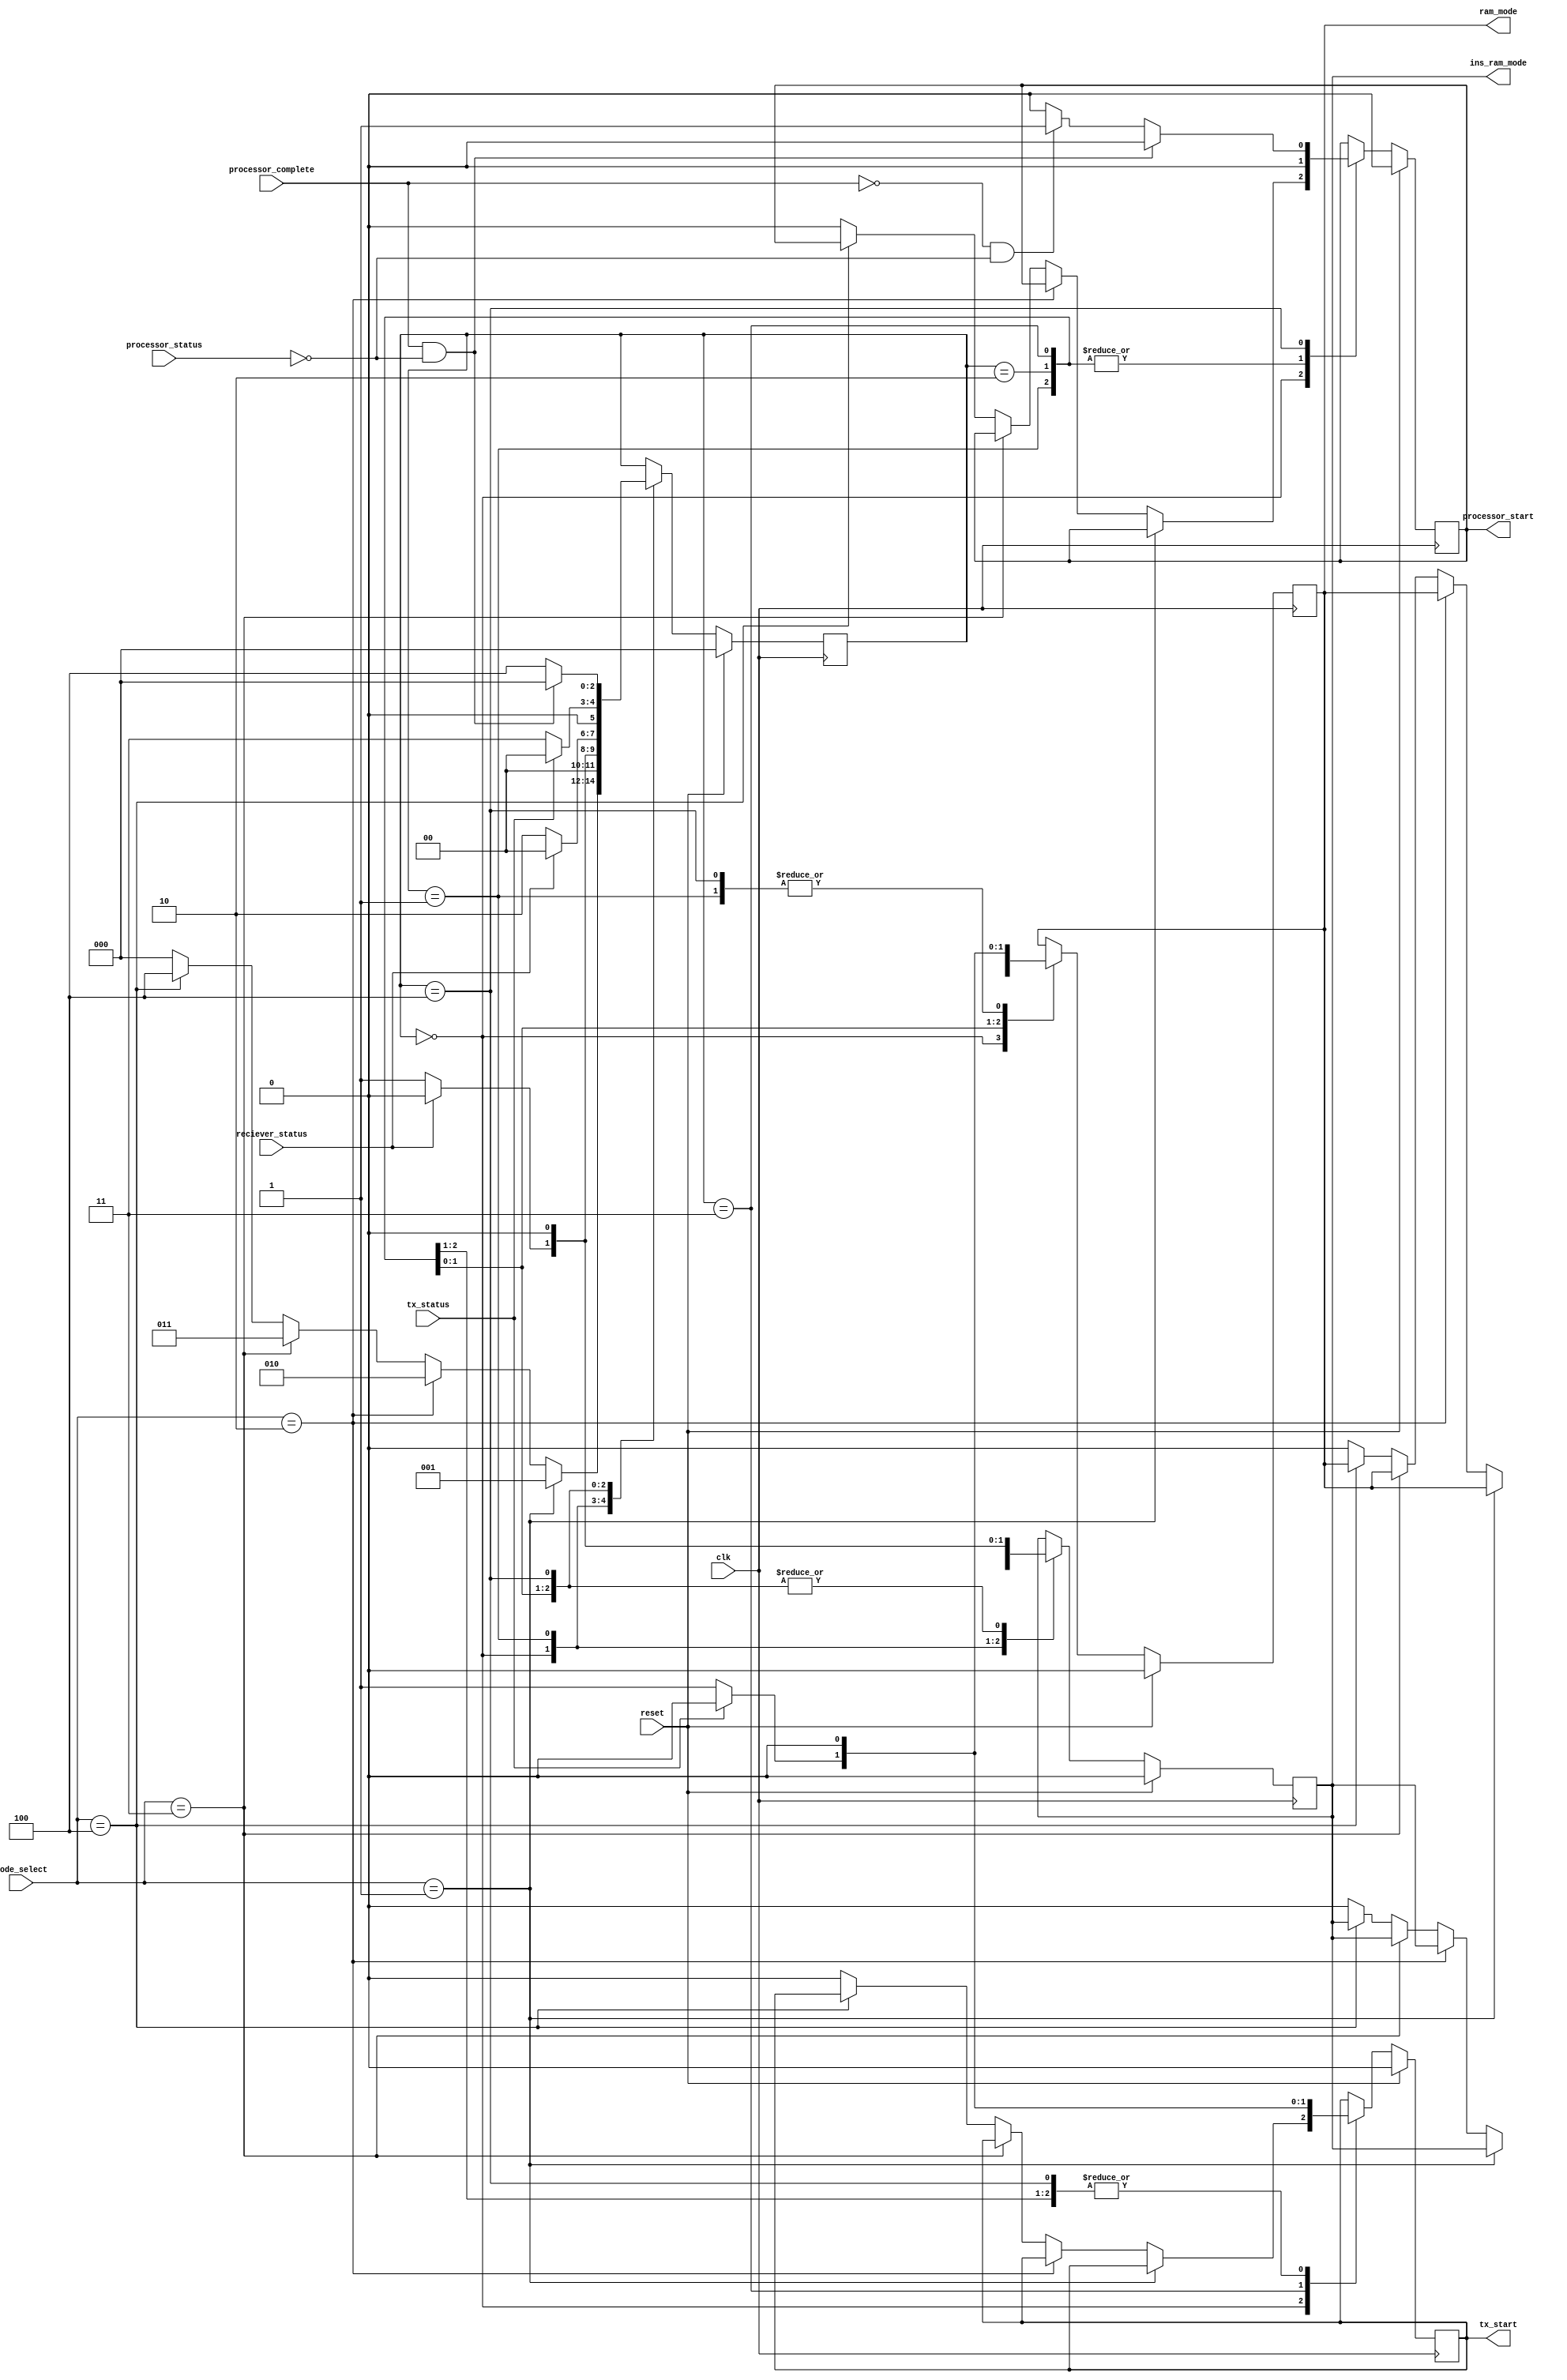
`timescale 1ns / 1ps
//////////////////////////////////////////////////////////////////////////////////
// Company: 
// Engineer: 
// 
// Design Name: 
// Module Name: main_controller
// Project Name: 
// Target Devices: 
// Tool Versions: 
// Description: 
// 
// Dependencies: 
// 
// Revision:
// Revision 0.01 - File Created
// Additional Comments:
// 
//////////////////////////////////////////////////////////////////////////////////


module main_controller(
    input clk,
    input reciever_status,
    input processor_status,
    input processor_complete,
    input tx_status,
    input reset,
    input [2:0] mode_select,
    output reg ram_mode,
    output reg ins_ram_mode,
    output reg tx_start,
    output reg processor_start
    );
    
    reg [2:0] state;
    parameter idle = 3'b000;
    parameter instruction_load = 3'b001;
    parameter data_load = 3'b010;
    parameter data_transfer = 3'b011;
    parameter processor_execute = 3'b100;
    
    always @(posedge clk)
    begin
        if (reset==1'b1)
            begin
            state<=idle;
            ram_mode<=1'b0;
            ins_ram_mode<=1'b0;
            tx_start<=1'b0;
            processor_start<=1'b0; 
            end 
        else         
            case (state)
            idle:
                  
                    if (mode_select==3'b001)
                        state<=instruction_load;
                    else if (mode_select==3'b010)
                        state<=data_load;
                    else if (mode_select==3'b011)
                        state<=data_transfer;
                    else if (mode_select==3'b100)
                        state<=processor_execute;
                    else
                        begin
                        ram_mode<=1'b0;
                        ins_ram_mode<=1'b0;
                        tx_start<=1'b0;
                        processor_start<=1'b0;  
                        state<=idle;
                        end
             instruction_load:
                  
                    if (reciever_status==1'b1)
                        begin
                        ram_mode<=1'b0;
                        ins_ram_mode<=1'b0;
                        tx_start<=1'b0;
                        processor_start<=1'b0; 
                        state<=idle;
                        end
                    else
                        begin
                        ram_mode<=1'b0;
                        ins_ram_mode<=1'b1;
                        tx_start<=1'b0;
                        processor_start<=1'b0;  
                        state<=instruction_load;
                        end       
             data_load:
                  
                    if (reciever_status==1'b1)
                        begin
                        ram_mode<=1'b0;
                        ins_ram_mode<=1'b0;
                        tx_start<=1'b0;
                        processor_start<=1'b0; 
                        state<=idle;
                        end
                    else
                        begin
                        ram_mode<=1'b1;
                        ins_ram_mode<=1'b0;
                        tx_start<=1'b0;
                        processor_start<=1'b0;  
                        state<=data_load;
                        end
                        
              data_transfer:
                  
                    if (tx_status==1'b1)
                        begin
                        ram_mode<=1'b0;
                        ins_ram_mode<=1'b0;
                        tx_start<=1'b0;
                        processor_start<=1'b0; 
                        state<=idle;
                        end
                    else
                        begin
                        ram_mode<=1'b1;
                        ins_ram_mode<=1'b0;
                        tx_start<=1'b1;
                        processor_start<=1'b0;  
                        state<=data_transfer;
                        end
                        
                processor_execute:
                  
                    if ((processor_complete==1'b1) && (processor_status==1'b0))    //processor complete
                        begin
                        ram_mode<=1'b0;
                        ins_ram_mode<=1'b0;
                        tx_start<=1'b0;
                        processor_start<=1'b0; 
                        state<=idle;
                        end
                       
                    else if((processor_complete==1'b0) && (processor_status==1'b0))    //processor ready to execute
                        begin
                        ram_mode<=1'b0;
                        ins_ram_mode<=1'b0;
                        tx_start<=1'b0;
                        processor_start<=1'b1;  
                        state<=processor_execute;
                        end 
                    else     //processor busy
                        begin
                        ram_mode<=1'b0;
                        ins_ram_mode<=1'b0;
                        tx_start<=1'b0;
                        processor_start<=1'b0;  
                        state<=processor_execute;
                        end                         
                                
             endcase
    end 
                         
    
    
endmodule